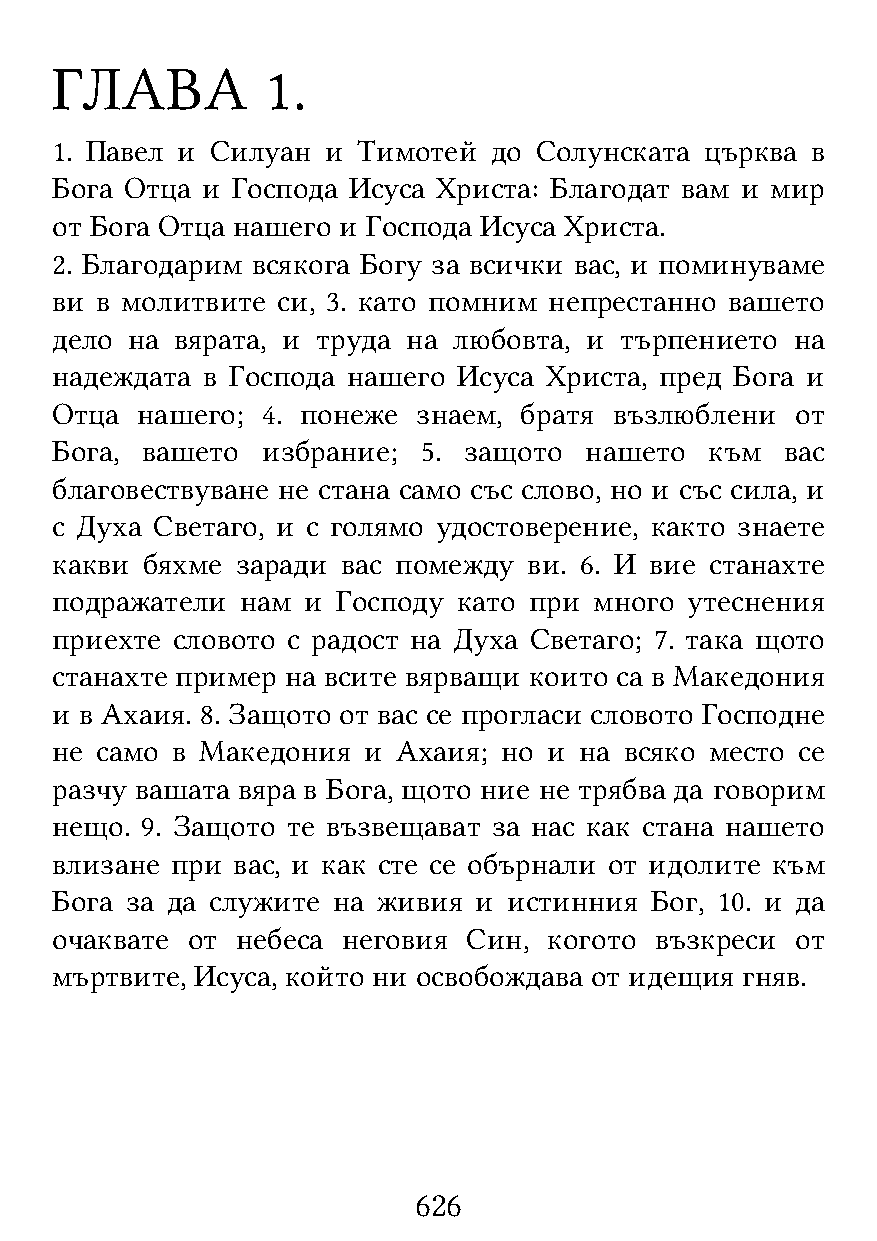
ГЛАВА          1.
 1. Павел и Силуан  и Тимотей до Солунската  църква в
 Бога Отца и Господа Исуса Христа: Благодат вам и мир
 от Бога Отца нашего и Господа Исуса Христа.
 2. Благодарим всякога Богу за всички вас, и поминуваме
 ви в молитвите си, 3. като помним непрестанно вашето
 дело на  вярата, и труда на любовта, и търпението на
 надеждата в Господа нашего Исуса Христа, пред Бога и
 Отца  нашего; 4. понеже  знаем, братя възлюблени  от
 Бога, вашето  избрание;  5. защото  нашето  към  вас
 благовествуване не стана само със слово, но и със сила, и
 с Духа Светаго, и с голямо удостоверение, както знаете
 какви бяхме  заради вас помежду ви. 6. И вие станахте
 подражатели  нам и Господу като при много  утеснения
 приехте словото с радост на Духа Светаго; 7. така щото
 станахте пример на всите вярващи които са в Македония
 и в Ахаия. 8. Защото от вас се прогласи словото Господне
 не само в Македония  и Ахаия; но и на всяко место се
 разчу вашата вяра в Бога, щото ние не трябва да говорим
 нещо. 9. Защото те възвещават за нас как стана нашето
 влизане при вас, и как сте се обърнали от идолите към
 Бога за да служите на живия и  истинния Бог, 10. и да
 очаквате от  небеса неговия Син, когото възкреси  от
 мъртвите, Исуса, който ни освобождава от идещия гняв.
 626